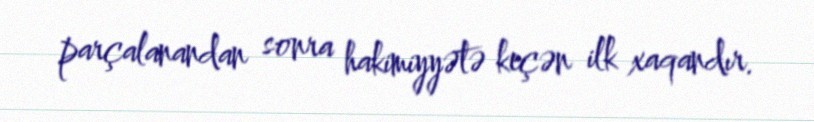
parçalanandan sonra hakimiyyətə keçən ilk xaqandır.